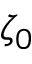
\zeta _ { 0 }